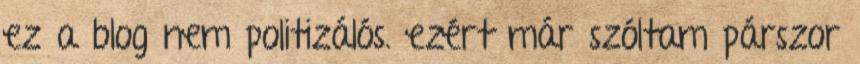
ez a blog nem politizálós. ezért már szóltam párszor